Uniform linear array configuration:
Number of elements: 24
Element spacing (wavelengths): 1
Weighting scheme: binomial
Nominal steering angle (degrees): -60
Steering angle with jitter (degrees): -58.762
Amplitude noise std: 0.05
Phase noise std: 0.05

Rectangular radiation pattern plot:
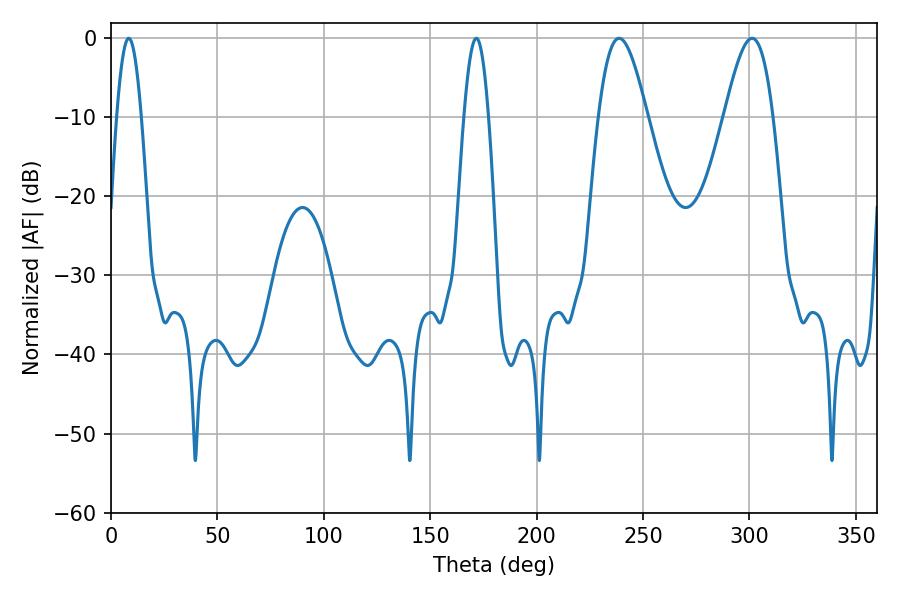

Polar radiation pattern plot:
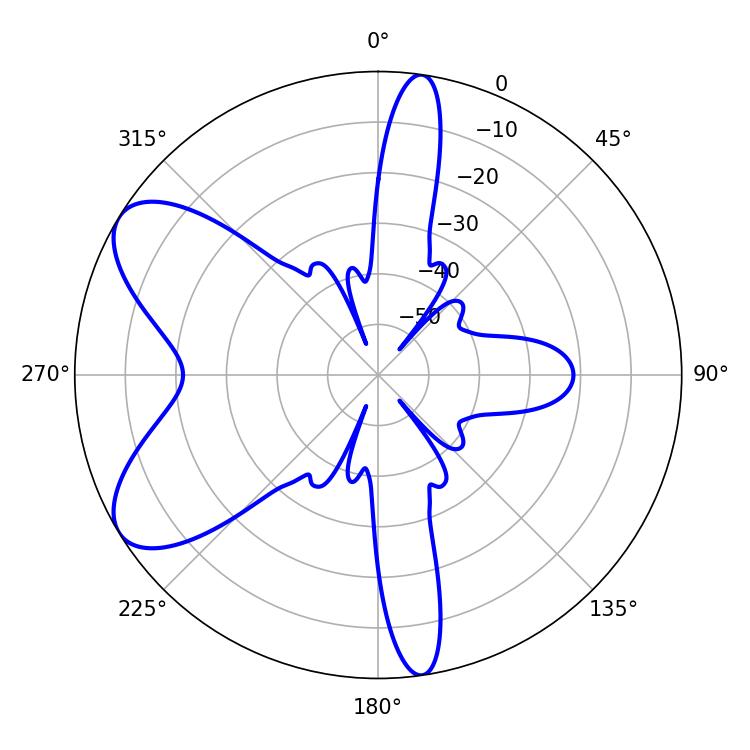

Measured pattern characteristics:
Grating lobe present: TRUE
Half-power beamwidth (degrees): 12.24
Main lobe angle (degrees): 238.68